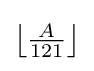
\textstyle \left\lfloor {\frac {A}{121}}\right\rfloor